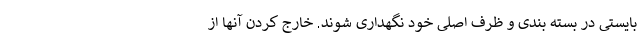
بایستی در بسته بندی و ظرف اصلی خود نگهداری شوند. خارج کردن آنها از